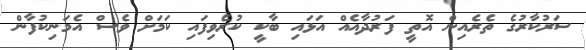
ސަރުކާރުގެ ތެރެއިން އޮތީ ފަރުދާއެއް އަޅައި ބާކީ ކުރެވިފައި ކަމަށް ވެސް އެމަނިކުފާން